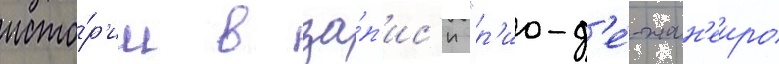
исто́р'ии в за́п'ис'и "р'ио-д'е́-жан'еиро